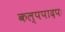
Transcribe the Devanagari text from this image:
कल्पपादपः